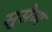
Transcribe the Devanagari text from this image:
सुसेव्य